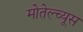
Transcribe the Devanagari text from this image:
मोतेल्च्यूस